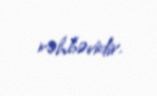
rəhbəridir.